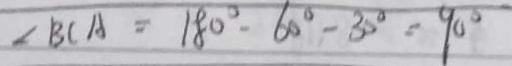
\angle B C A = 1 8 0 ^ { \circ } - 6 0 ^ { \circ } - 3 0 ^ { \circ } = 9 0 ^ { \circ }